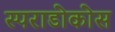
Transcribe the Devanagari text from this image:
स्पराडोकोस